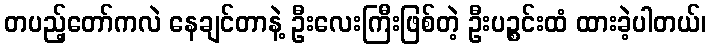
တပည့်တော်ကလဲ နေချင်တာနဲ့ ဦးလေးကြီးဖြစ်တဲ့ ဦးပဉ္စင်းထံ ထားခဲ့ပါတယ်၊